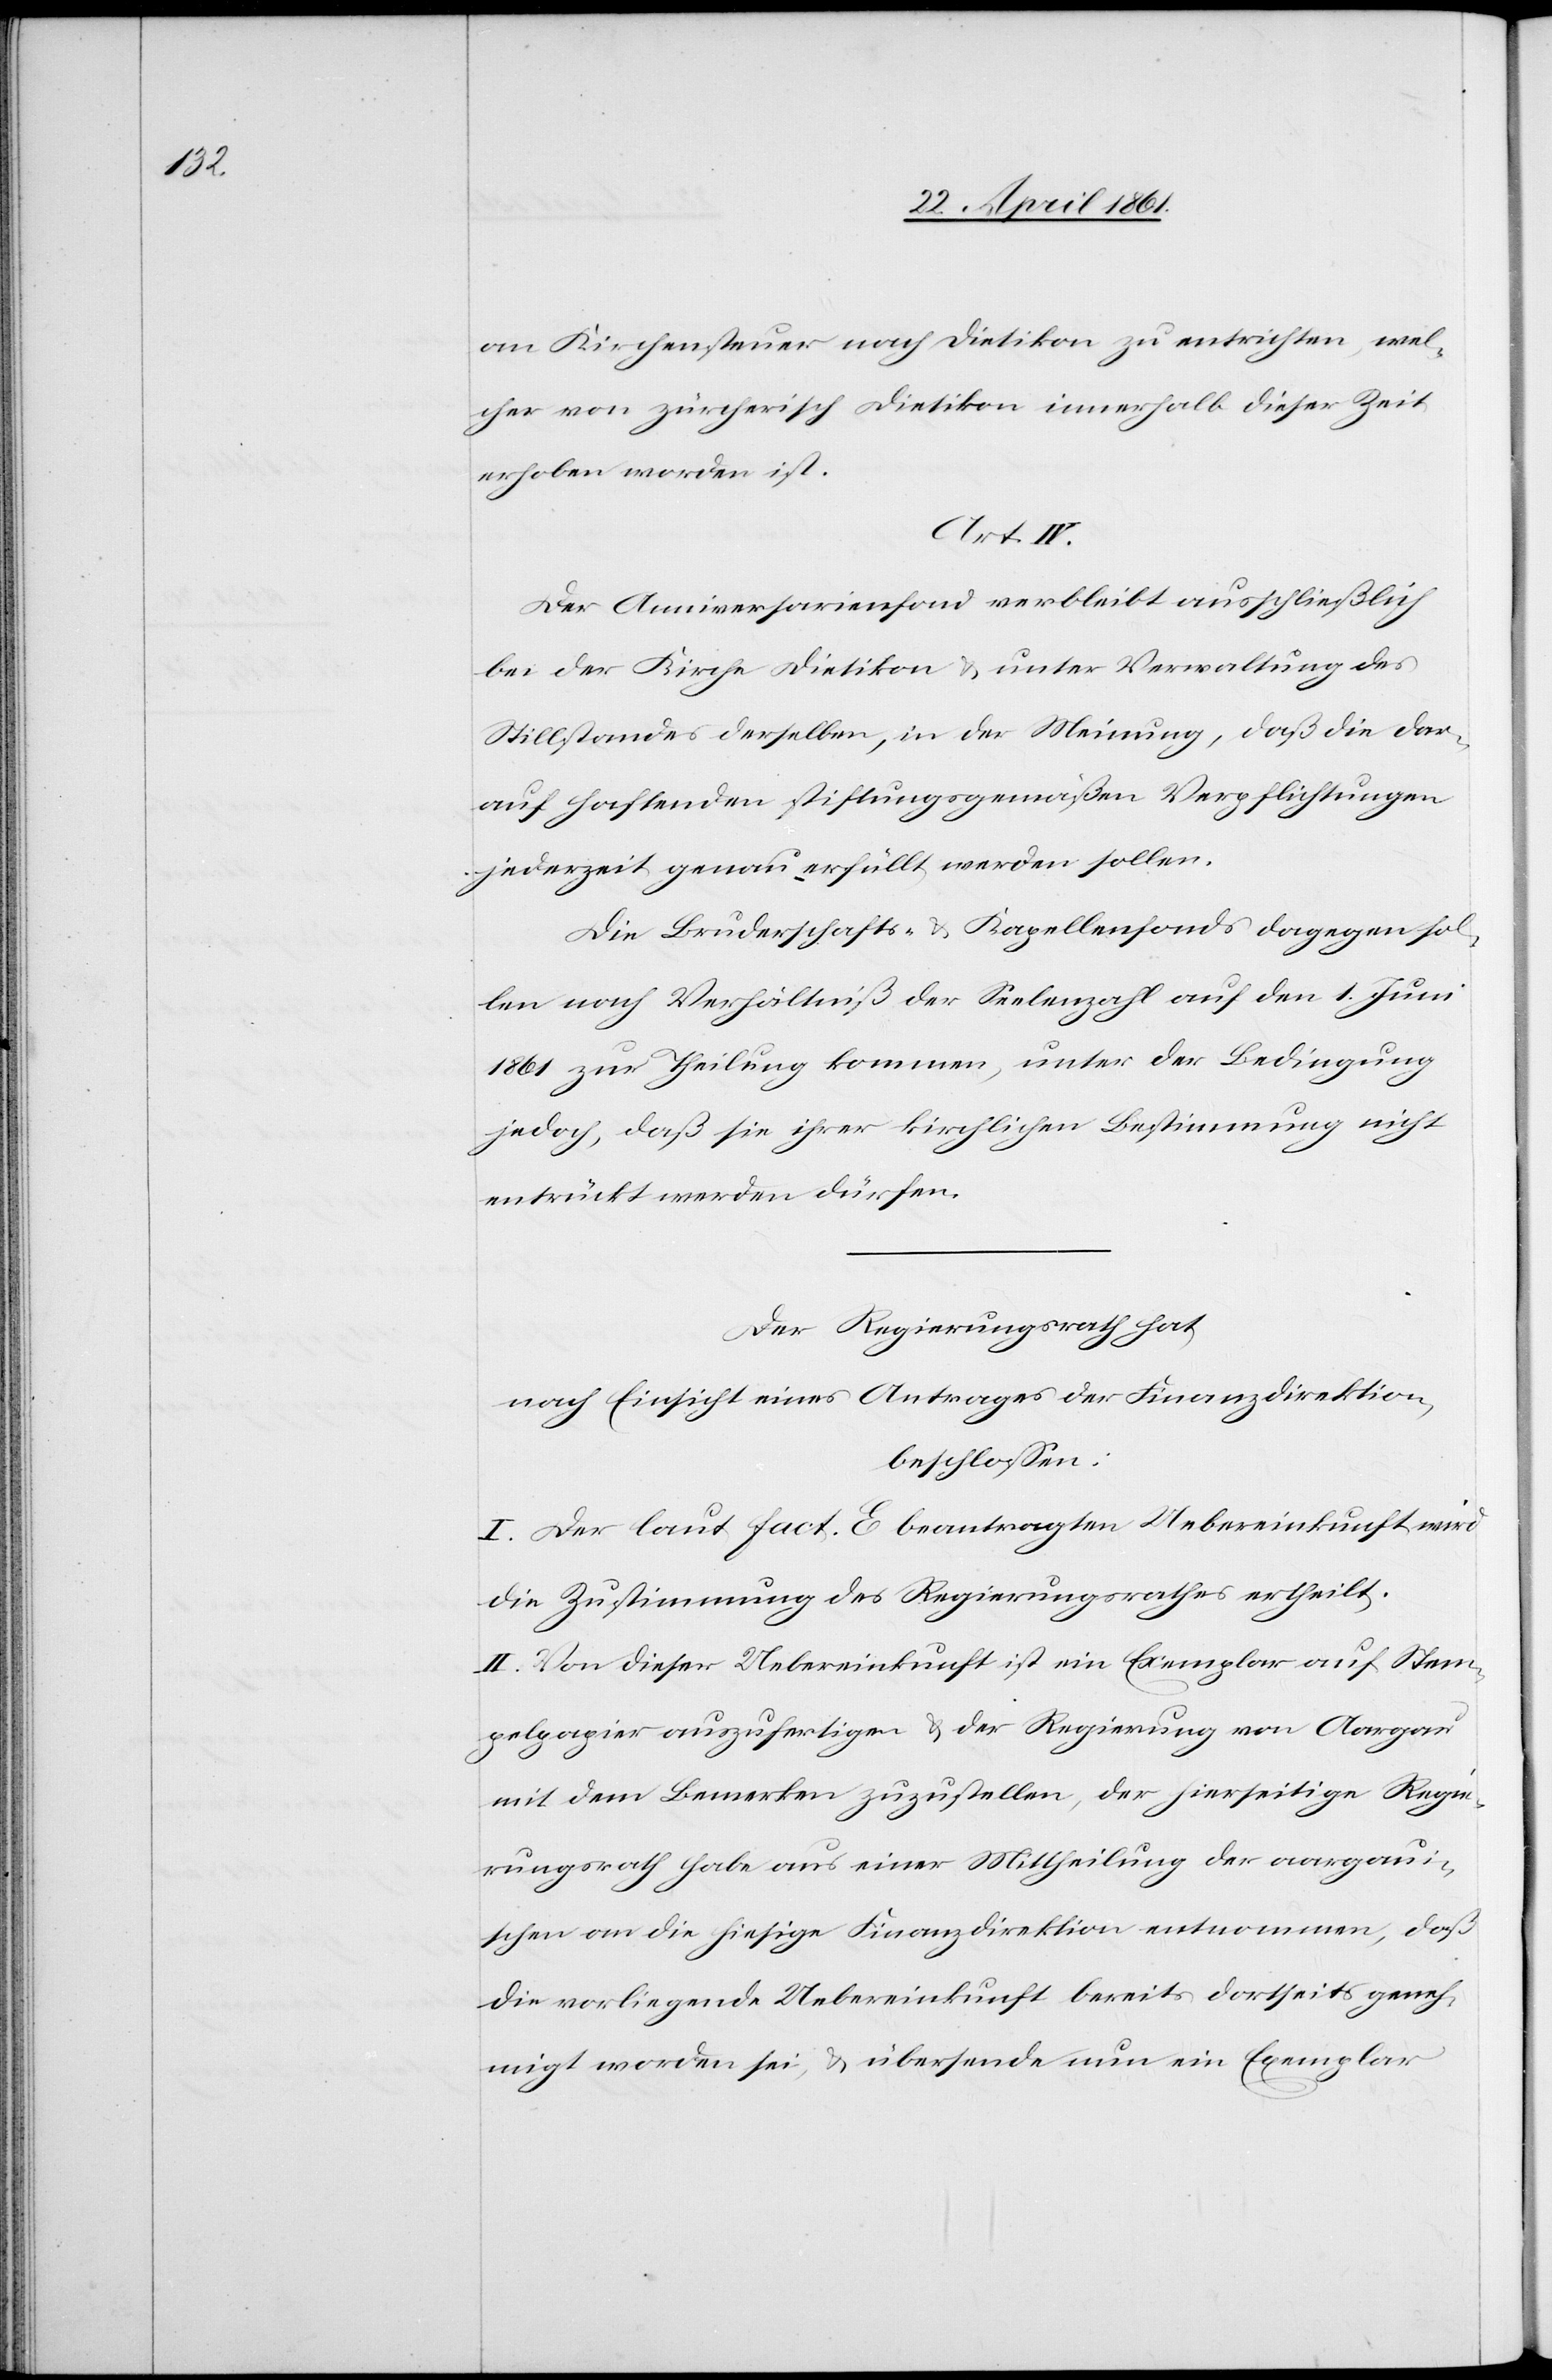
an Kirchensteuer nach Dietikon zu entrichten, wel¬
cher von zürcherisch Dietikon innerhalb dieser Zeit
erhoben worden ist.
Art. IV.
Der Anniversarienfond verbleibt ausschließlich
bei der Kirche Dietikon u. unter Verwaltung des
Stillstandes derselben, in der Meinung, daß die dar¬
auf haftenden stiftungsgemäßen Verpflichtungen
jederzeit genau erfüllt werden sollen.
Die Bruderschafts- u. Kapellenfonds dagegen sol¬
len nach Verhältniß der Seelenzahl auf den 1. Juni
1861 zur Theilung kommen, unter der Bedingung
jedoch, daß sie ihrer kirchlichen Bestimmung nicht
entrückt werden dürfen.
Der Regierungsrath hat
nach Einsicht eines Antrages der Finanzdirektion
beschlossen:
I. Der laut fact. E beantragten Uebereinkunft wird
die Zustimmung des Regierungsrathes ertheilt.
II. Von dieser Uebereinkunft ist ein Exemplar auf Stem¬
pelpapier auszufertigen u. der Regierung von Aargau
mit dem Bemerken zuzustellen, der hierseitige Regie¬
rungsrath habe aus einer Mittheilung der aargaui¬
schen an die hiesige Finanzdirektion entnommen, daß
die vorliegende Uebereinkunft bereits dortseits geneh¬
migt worden sei, u. übersende nun ein Exemplar